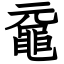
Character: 黿